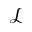
\mathcal { L }